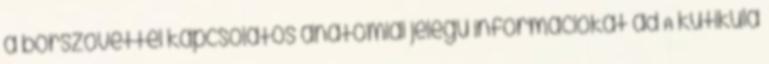
a bőrszövettel kapcsolatos anatómiai jelegű információkat ad A kutikula